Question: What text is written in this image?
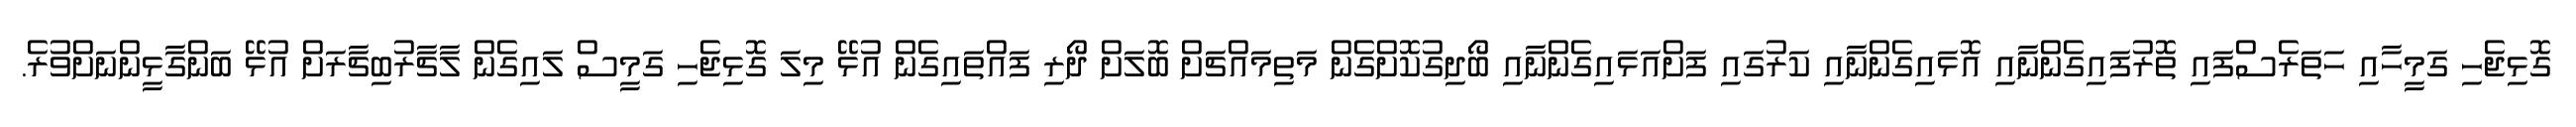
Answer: ގޮޅިޖެހި ގަމީހާއި ހަތަރެސްފައި ތޮރުފައިގެންނާއި އޮޅައިގެންނާއި ކަރުގައި ފަށްއަޅައިގެންނާއި ބޯދިގުކޮށްގެން މަތިމައްޗަށް ބޮލަށް ދޯރި ފައްތައިގެން އުޅޭ މިލަ ގޮޅިޖެހި ގަމީސް ލައިގެން ލާޗާރުބިޗާރަށް އުޅޭ ބަންގާޅީންނަށްވުރެ.